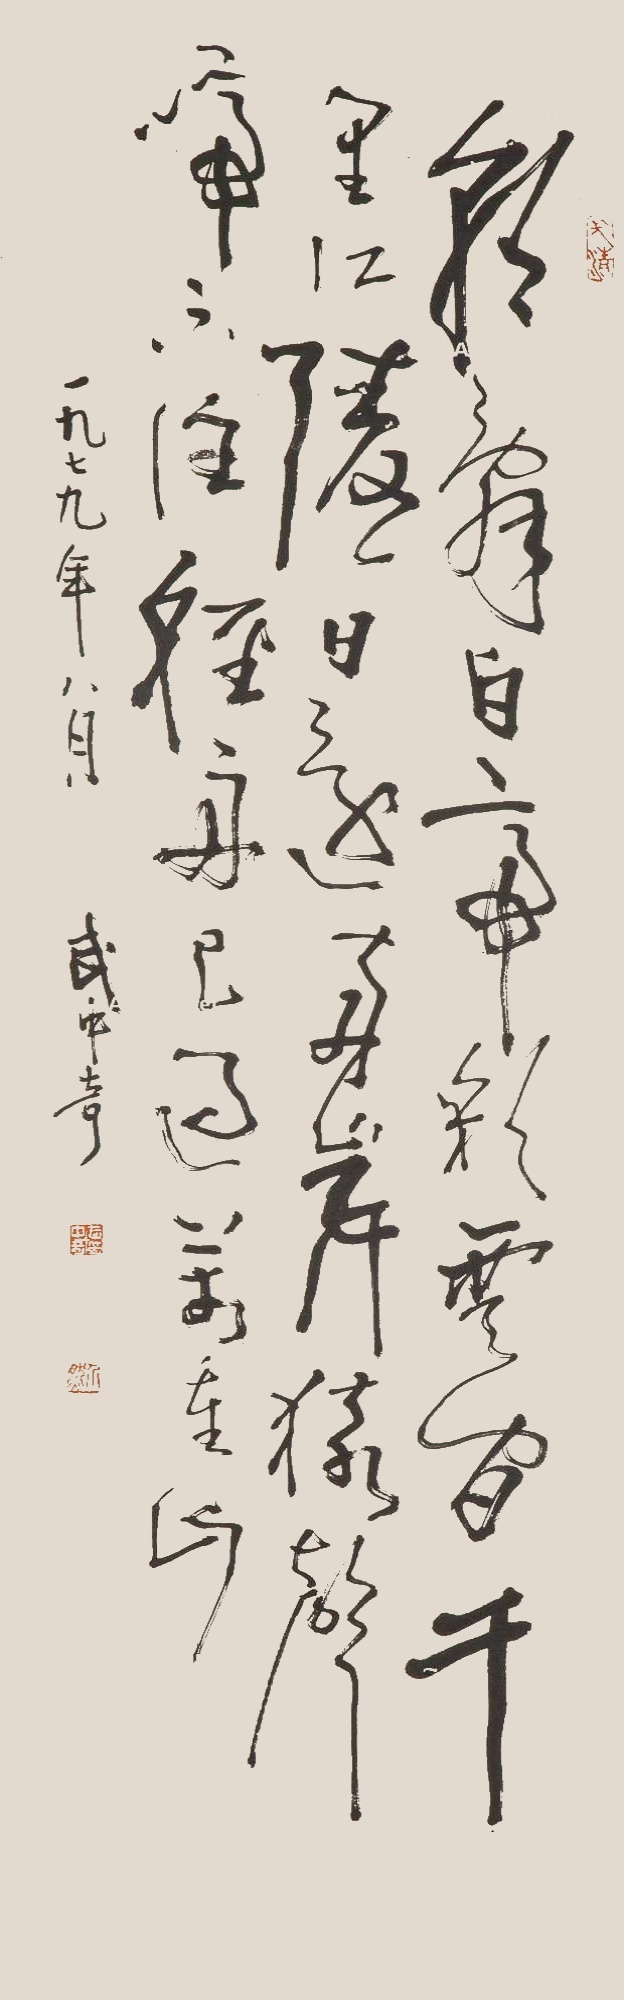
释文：朝辞白帝彩云间，千里江陵一日还。两岸猿声啼不住，轻舟已过万重山。一九七九年八月，武中奇。